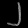
Digit: ၂